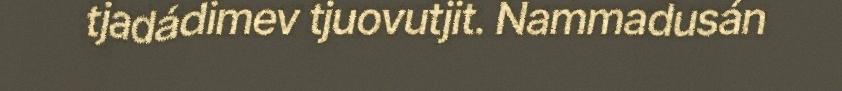
tjadádimev tjuovutjit. Nammadusán